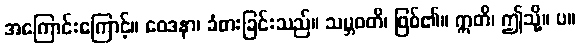
အကြောင်းကြောင့်။ ဝေဒနာ၊ ခံစားခြင်းသည်။ သမ္ဘဝတိ၊ ဖြစ်၏။ ဣတိ၊ ဤသို့။ ပ။